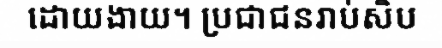
ដោយងាយ។ ប្រជាជនរាប់សិប